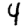
Digit: 4